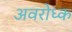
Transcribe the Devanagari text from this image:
अवरोध्क